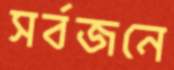
সর্বজনে